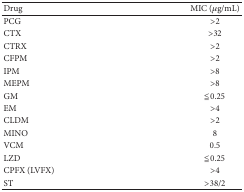
<table><thead><tr><td><b>Drug </b></td><td><b>MIC (<i>μ</i>g/mL) </b></td></tr></thead><tbody><tr><td>PCG</td><td>&gt;2</td></tr><tr><td>CTX</td><td>&gt;32</td></tr><tr><td>CTRX</td><td>&gt;2</td></tr><tr><td>CFPM</td><td>&gt;2</td></tr><tr><td>IPM</td><td>&gt;8</td></tr><tr><td>MEPM</td><td>&gt;8</td></tr><tr><td>GM</td><td>≦0.25</td></tr><tr><td>EM</td><td>&gt;4</td></tr><tr><td>CLDM</td><td>&gt;2</td></tr><tr><td>MINO</td><td>8</td></tr><tr><td>VCM</td><td>0.5</td></tr><tr><td>LZD</td><td>≦0.25</td></tr><tr><td>CPFX (LVFX)</td><td>&gt;4</td></tr><tr><td>ST</td><td>&gt;38/2</td></tr></tbody></table>